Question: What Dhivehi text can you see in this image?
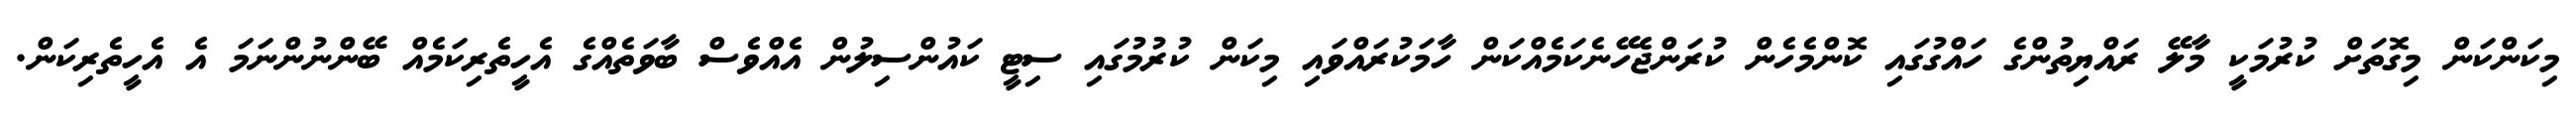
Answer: މިކަންކަން މިގޮތަށް ކުރުމަކީ މާލޭ ރައްޔިތުންގެ ހައްގުގައި ކޮންމެހެން ކުރަންޖެހޭނެކަމެއްކަން ހާމަކުރައްވައި މިކަން ކުރުމުގައި ސިޓީ ކައުންސިލުން އެއްވެސް ބާވަތެއްގެ އެހީތެރިކަމެއް ބޭންނުންނަމަ އެ އެހީތެރިކަން.